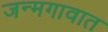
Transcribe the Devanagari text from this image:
जन्मगावात